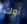
أوك